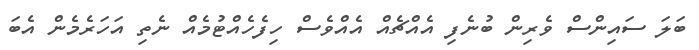
ބަލަ ސައިންސް ވެރިން ބުނެފި އެއްޗެއް އެއްވެސް ހިފެހެއްޓުމެއް ނެތި އަހަރެމެން އެބަ